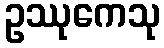
ဥဿုကေသု